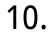
10.